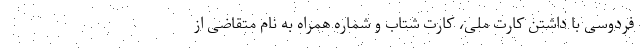
فردوسی با داشتن کارت ملی، کارت شتاب و شماره همراه به نام متقاضی از